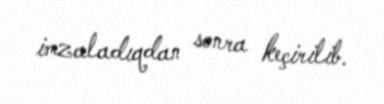
imzaladıqdan sonra keçirilib.